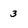
Character: 3